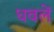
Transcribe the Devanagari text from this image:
धवलें